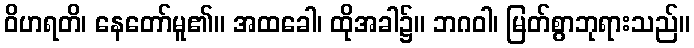
ဝိဟရတိ၊ နေတော်မူ၏။ အထခေါ၊ ထိုအခါ၌။ ဘဂဝါ၊ မြတ်စွာဘုရားသည်။